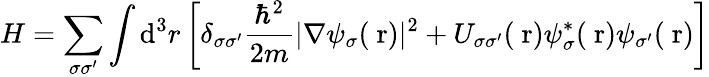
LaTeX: H=\sum_{\sigma\sigma^{\prime}}\int\mathrm{d}^{3}r\left[\delta_{\sigma\sigma^{\prime}}\frac{{\hbar^{2}}}{{2m}}|\nabla\psi_{\sigma}(\mathrm{{\mathbf{~}r}})|^{2}+U_{\sigma\sigma^{\prime}}(\mathrm{{\mathbf{~}r}})\psi_{\sigma}^{*}(\mathrm{{\mathbf{~}r}})\psi_{\sigma^{\prime}}(\mathrm{{\mathbf{~}r}})\right]